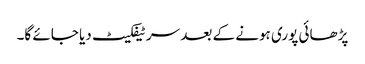
پڑھائی پوری ہونے کے بعد سرٹیفکیٹ دیا جائے گا۔